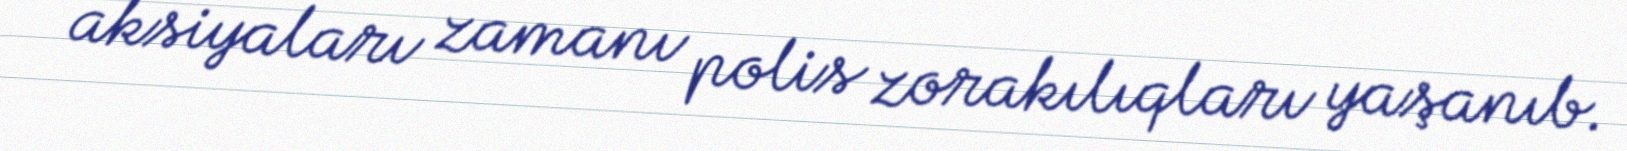
aksiyaları zamanı polis zorakılıqları yaşanıb.